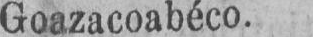
Goazacoabéco.